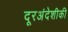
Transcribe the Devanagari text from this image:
दूरअंदेशीकी